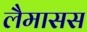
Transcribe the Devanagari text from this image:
लैमासस